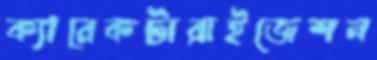
ক্যারেকটারাইজেশন